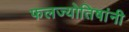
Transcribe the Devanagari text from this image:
फलज्योतिषांनी